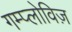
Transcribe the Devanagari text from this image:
गम्प्लोविज़